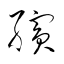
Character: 繽